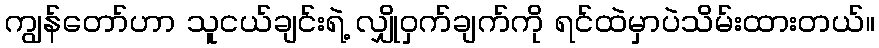
ကျွန်တော်ဟာ သူငယ်ချင်းရဲ့ လျှိုဝှက်ချက်ကို ရင်ထဲမှာပဲသိမ်းထားတယ်။